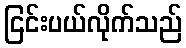
ငြင်းပယ်လိုက်သည်